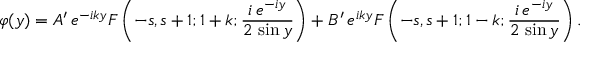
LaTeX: \varphi ( y ) = A ^ { \prime } \, e ^ { - i k y } F \left( - s , s + 1 ; 1 + k ; \frac { i \, e ^ { - i y } } { 2 \, \sin y } \right) + B ^ { \prime } \, e ^ { i k y } F \left( - s , s + 1 ; 1 - k ; \frac { i \, e ^ { - i y } } { 2 \, \sin y } \right) .